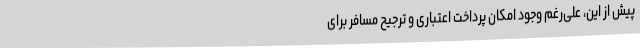
پیش از این، علی‌رغم وجود امکان پرداخت اعتباری و ترجیح مسافر برای